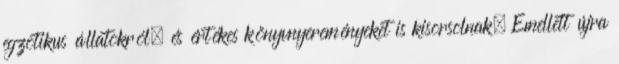
egzotikus állatokról, és értékes könyvnyereményeket is kisorsolnak. Emellett újra